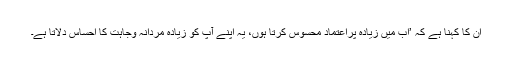
ان کا کہنا ہے کہ ’اب میں زیادہ پراعتماد محسوس کرتا ہوں، یہ اپنے آپ کو زیادہ مردانہ وجاہت کا احساس دلاتا ہے۔